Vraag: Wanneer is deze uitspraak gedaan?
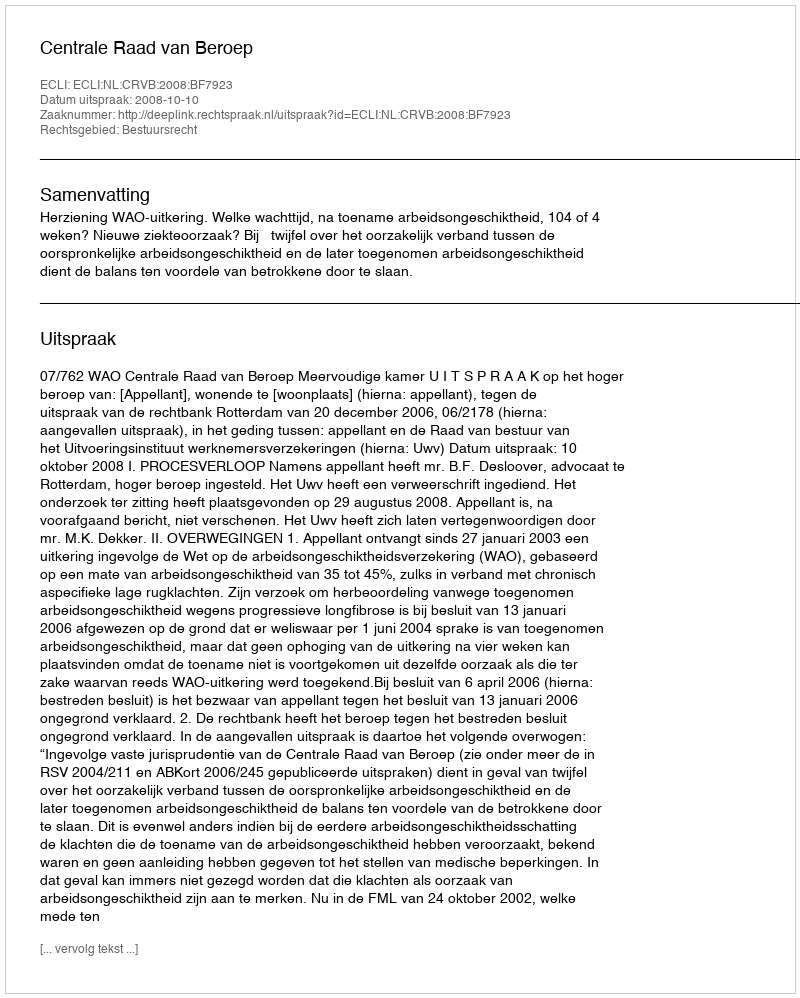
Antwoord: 2008-10-10